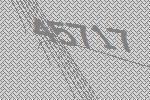
45717